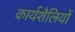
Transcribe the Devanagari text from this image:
कार्यशैलियों